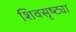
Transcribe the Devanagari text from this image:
शिवसृष्ट्या